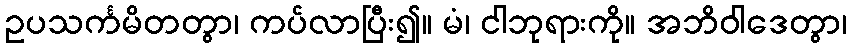
ဥပသင်္ကမိတတွာ၊ ကပ်လာပြီး၍။ မံ၊ ငါဘုရားကို။ အဘိဝါဒေတွာ၊